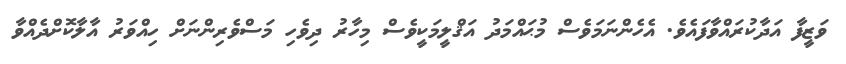
ވަޒީފާ އަދާކުރައްވާފައެވެ. އެހެންނަމަވެސް މުޙައްމަދު އަޤްލީމަކީވެސް މިހާރު ދިވެހި މަސްވެރިންނަށް ހިއްވަރު އާލާކޮށްދެއްވާ